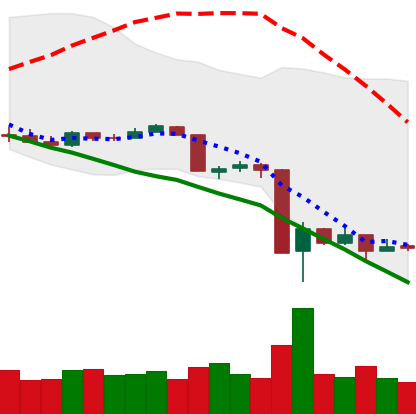
Ticker: XRP-USD
Chart end date: 2020-03-18
Forward return: 10.006%
Label: up_7plus